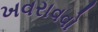
ખવરાવવો